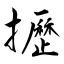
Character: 攊